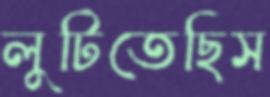
লুটিতেছিস